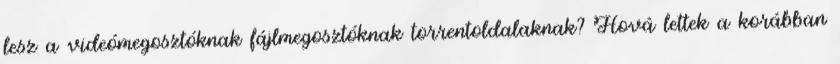
lesz a videómegosztóknak fájlmegosztóknak torrentoldalaknak? Hová lettek a korábban